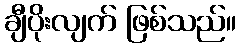
ချီပိုးလျက် ဖြစ်သည်။